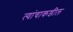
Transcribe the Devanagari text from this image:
त्यांचाकडील